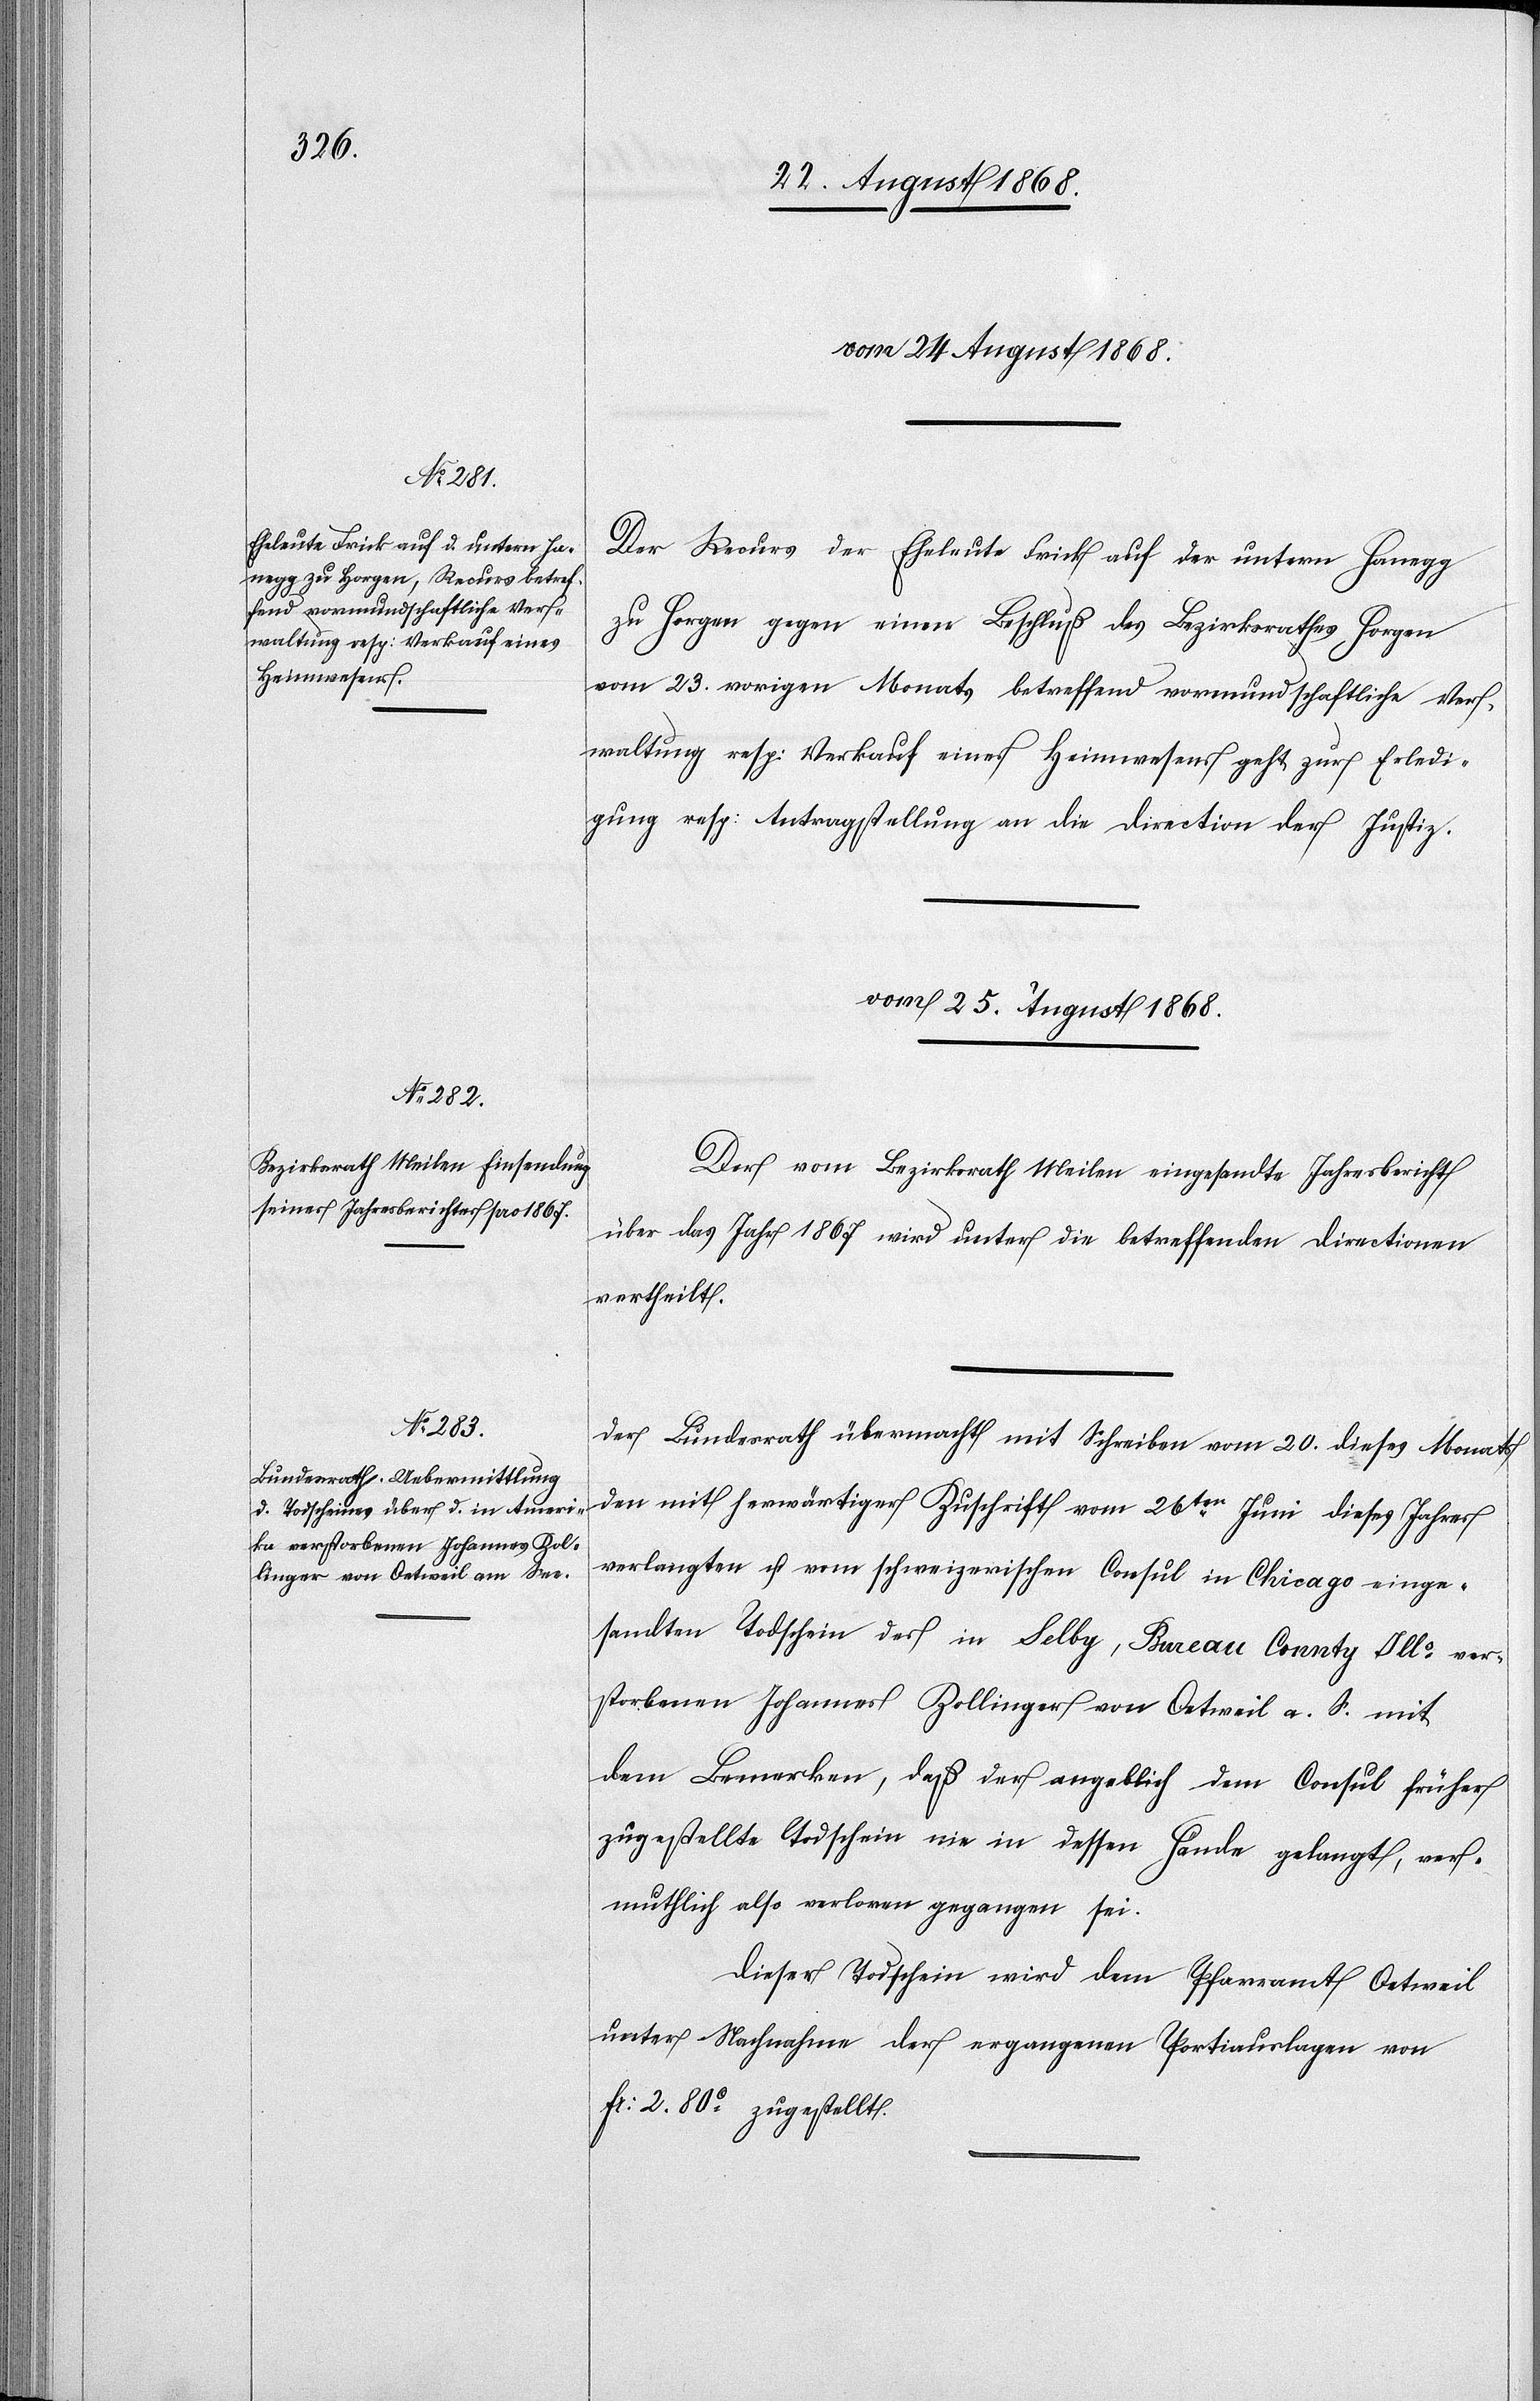
Ills ver¬

vom 25. August 1868.]
Der Recurs der Eheleute Frick auf der untern Hanegg
zu Horgen gegen einen Beschluß des Bezirksrathes Horgen
vom 23. vorigen Monats betreffend vormundschaftliche Ver¬
waltung resp: Verkauf eines Heimwesens geht zur Erledi¬
gung resp: Antragstellung an die Direction der Justiz.
Der vom Bezirksrath Meilen eingesandte Jahresbericht
über das Jahr 1867 wird unter die betreffenden Directionen
vertheilt.
Der Bundesrath übermacht mit Schreiben vom 20. dieses Monats
den mit herwärtiger Zuschrift vom 26ten Juni dieses Jahres
verlangten u. vom schweizerischen Consul in Chicago einge¬
sandten Todschein des in Selby, Bureau Connty [rec¬
storbenen Johannes Zollinger von Oetweil a. S. mit
dem Bemerken, daß der angeblich dem Consul früher
zugestellte Todschein nie in dessen Hände gelangt, ver¬
muthlich also verloren gegangen sei.
Dieser Todschein wird dem Pfarramt Oetweil
unter Nachnahme der ergangenen Portiauslagen von
Fr: 2. 80C zugestellt.

te: